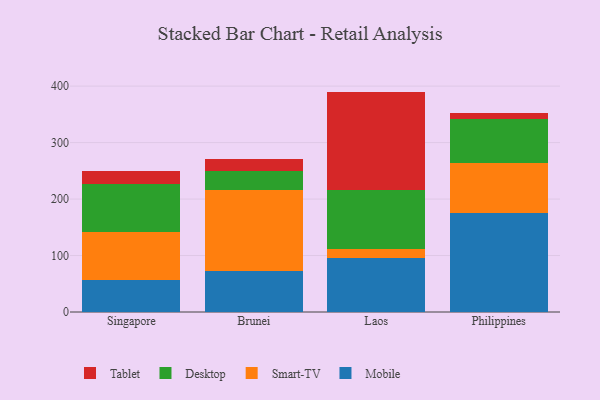
{"axis": {"x": "Country", "y": "Shipments"}, "legend": ["Desktop", "Mobile", "Smart-TV", "Tablet"], "data": [{"x": "Singapore", "y": 56.7, "type": "Mobile"}, {"x": "Singapore", "y": 84.5, "type": "Smart-TV"}, {"x": "Singapore", "y": 86.1, "type": "Desktop"}, {"x": "Singapore", "y": 22.6, "type": "Tablet"}, {"x": "Brunei", "y": 72.7, "type": "Mobile"}, {"x": "Brunei", "y": 142.8, "type": "Smart-TV"}, {"x": "Brunei", "y": 33.8, "type": "Desktop"}, {"x": "Brunei", "y": 21.6, "type": "Tablet"}, {"x": "Laos", "y": 96.0, "type": "Mobile"}, {"x": "Laos", "y": 15.5, "type": "Smart-TV"}, {"x": "Laos", "y": 104.4, "type": "Desktop"}, {"x": "Laos", "y": 174.4, "type": "Tablet"}, {"x": "Philippines", "y": 175.3, "type": "Mobile"}, {"x": "Philippines", "y": 88.1, "type": "Smart-TV"}, {"x": "Philippines", "y": 79.0, "type": "Desktop"}, {"x": "Philippines", "y": 10.5, "type": "Tablet"}]}